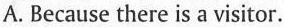
A. Because there is a visitor.